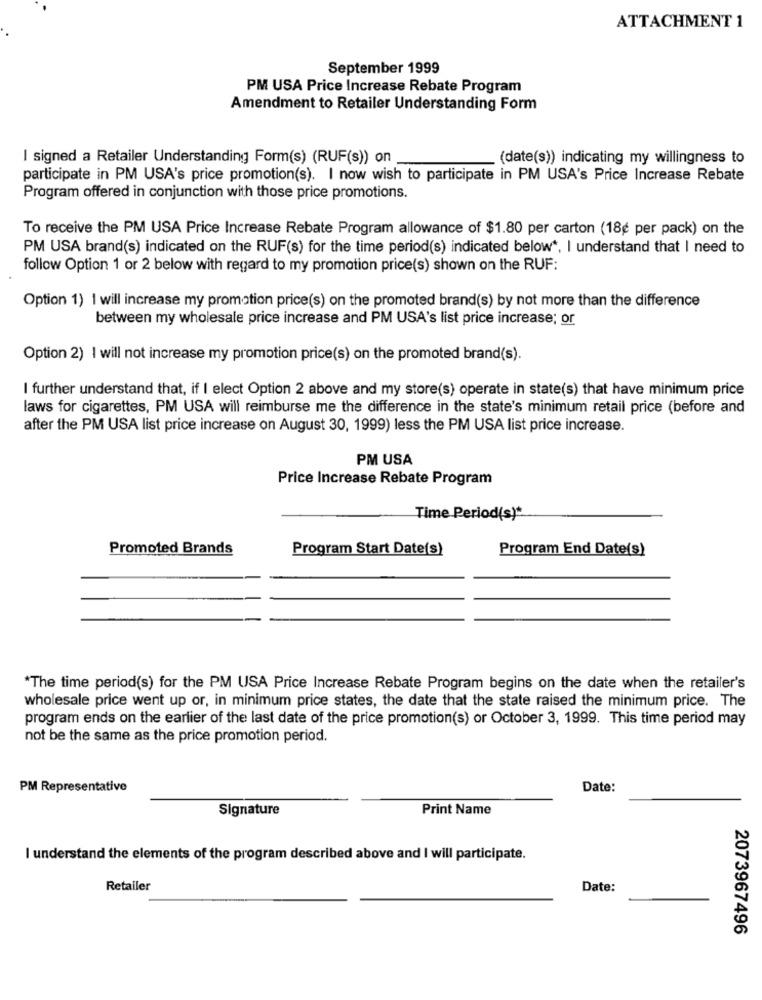
ATTACHMENT 1
September 1999
PM USA Price Increase Rebate Program
Amendment to Retailer Understanding Form
I signed a Retailer Understanding Form(s) (RUF(s)) on
(date(s)) indicating my willingness to
participate in PM USA's price promotion(s). I now wish to participate in PM USA's Price Increase Rebate
Program offered in conjunction with those price promotions.
To receive the PM USA Price Increase Rebate Program allowance of $1.80 per carton (18¢ per pack) on the
PM USA brand(s) indicated on the RUF(s) for the time period(s) indicated below *, I understand that I need to
follow Option 1 or 2 below with regard to my promotion price(s) shown on the RUF:
Option 1) 1 will increase my promotion price(s) on the promoted brand(s) by not more than the difference
between my wholesale price increase and PM USA's list price increase; or
Option 2) I will not increase my promotion price(s) on the promoted brand(s).
I further understand that, if I elect Option 2 above and my store(s) operate in state(s) that have minimum price
laws for cigarettes, PM USA will reimburse me the difference in the state's minimum retail price (before and
after the PM USA list price increase on August 30, 1999) less the PM USA list price increase.
PM USA
Price Increase Rebate Program
Time Period(s)*
Promoted Brands
Program Start Date(s)
Program End Date(s)
"The time period(s) for the PM USA Price Increase Rebate Program begins on the date when the retailer's
wholesale price went up or, in minimum price states, the date that the state raised the minimum price. The
program ends on the earlier of the last date of the price promotion(s) or October 3, 1999. This time period may
not be the same as the price promotion period.
PM Representative
Date:
Signature
Print Name
I understand the elements of the program described above and I will participate.
Retailer
Date:
2073967496